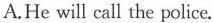
A.He will call the police.